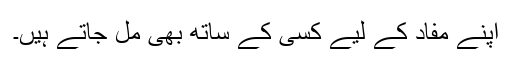
اپنے مفاد کے لیے کسی کے ساتھ بھی مل جاتے ہیں۔